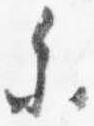
参